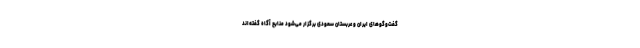
گفت‌وگوهای ایران و عربستان سعودی برگزار می‌شود منابع آگاه گفته‌اند